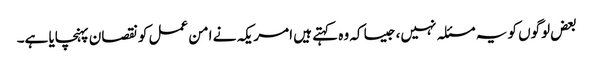
بعض لوگوں کو یہ مسئلہ نہیں، جیسا کہ وہ کہتے ہیں امریکہ نے امن عمل کو نقصان پہنچایا ہے۔